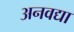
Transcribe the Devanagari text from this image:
अनवद्या